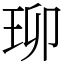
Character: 珋